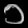
Digit: ၁